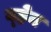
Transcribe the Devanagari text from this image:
व्‍हेन